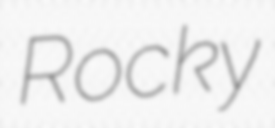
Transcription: Rocky